Indian journal of veterinary science and animal husbandry - Volume 7,
Year: 1937
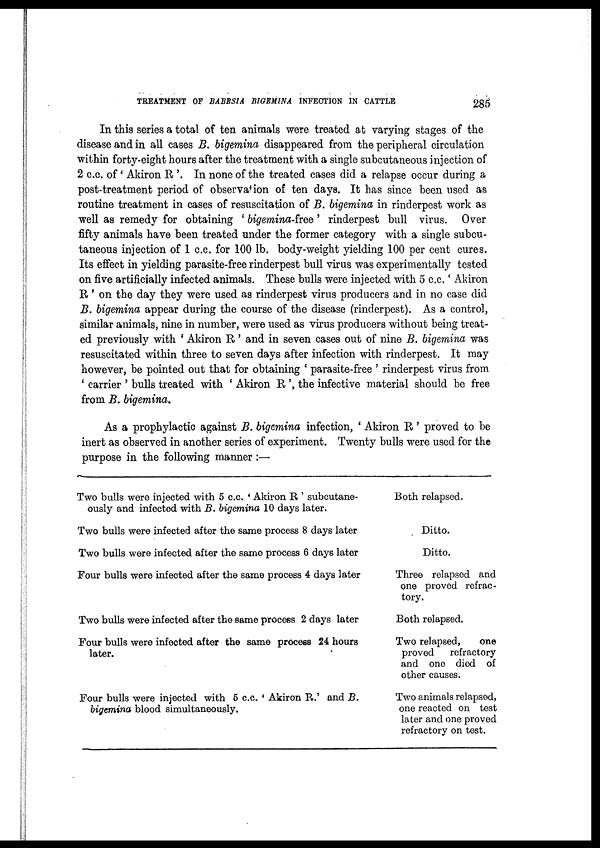
TREATMENT OF BABESIA BIGEMINA INFECTION IN CATTLE
285
In this series a total of ten animals were treated at varying stages of the
disease and in all cases B. bigemina disappeared from the peripheral circulation
within forty-eight hours after the treatment with a single subcutaneous injection of
2 c.c. of ' Akiron R '. In none of the treated cases did a relapse occur during a
post-treatment period of observation of ten days. It has since been used as
routine treatment in cases of resuscitation of B. bigemina in rinderpest work as
well as remedy for obtaining ' bigemina-free' rinderpest bull virus. Over
fifty animals have been treated under the former category with a single subcu-
taneous injection of 1 c.c. for 100 lb. body-weight yielding 100 per cent cures.
Its effect in yielding parasite-free rinderpest bull virus was experimentally tested
on five artificially infected animals. These bulls were injected with 5 c.c.' Akiron
R ' on the day they were used as rinderpest virus producers and in no case did
B. bigemina appear during the course of the disease (rinderpest). As a control,
similar animals, nine in number, were used as virus producers without being treat-
ed previously with ' Akiron R ' and in seven cases out of nine B. bigemina was
resuscitated within three to seven days after infection with rinderpest. It may
however, be pointed out that for obtaining ' parasite-free ' rinderpest virus from
' carrier ' bulls treated with ' Akiron R ', the infective material should be free
from B. bigemina.
As a prophylactic against B. bigemina infection, ' Akiron R' proved to be
inert as observed in another series of experiment. Twenty bulls were used for the
purpose in the following manner :—
Two bulls were injected with 5 c.c. ' Akiron R ' subcutane¬
ously and infected with B. bigemina 10 days later.
Two bulls were infected after the same process 8 days later
Two bulls were infected after the same process 6 days later
Four bulls were infected after the same process 4 days later
Two bulls were infected after the same process 2 days later
Four bulls were infected after the same process 24 hours
later.
Four bulls were injected with 5 c.c. ' Akiron R.' and B.
bigemina blood simultaneously.
Both relapsed.
Ditto.
Ditto.
Three relapsed and
one proved refrac-
tory.
Both relapsed.
Two relapsed,
one
proved
refractory
and one died of
other causes.
Two animals relapsed,
one reacted on test
later and one proved
refractory on test.